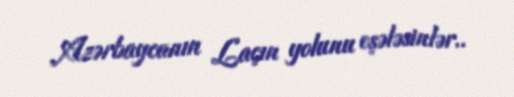
Azərbaycanın Laçın yolunu eşələsinlər..